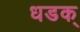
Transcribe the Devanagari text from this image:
धडक्